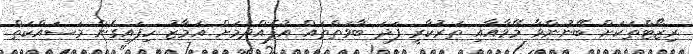
ރިޒޯޓްތަކަށް ބޭނުންވާ މޭވާއާއި ތަރުކާރީ ފަދަ ބާވަތްތައް އުފެއްދުމަށް އަމާޒު ހިފައިގެން މަސައްކަތް